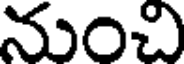
నుంచి